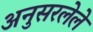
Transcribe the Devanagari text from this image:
अनुसरलेले